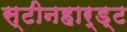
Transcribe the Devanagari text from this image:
स्टीनहार्ड्ट